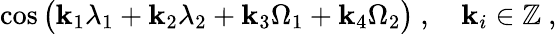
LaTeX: \cos{\big(\mathbf{k}_{1}\lambda_{1}+\mathbf{k}_{2}\lambda_{2}+\mathbf{k}_{3}\Omega_{1}+\mathbf{k}_{4}\Omega_{2}\big)}\ ,\quad\mathbf{k}_{i}\in\mathbb{{Z}}\ ,